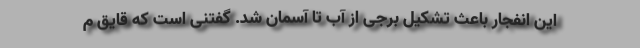
این انفجار باعث تشکیل برجی از آب تا آسمان شد. گفتنی است که قایق م